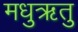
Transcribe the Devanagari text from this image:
मधुऋतु